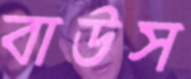
বাউস